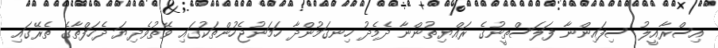
އިސްރާއީލު ސިފައިންނާ ފަލަސްތީނުގެ ރައްޔިތުންނާ ދެމެދު ހިނގަމުންދާ ހަމަނުޖެހުންތަކުގައި ވޭތުވެދިޔަ ދެހަފްތާގެ ތެރޭގައި